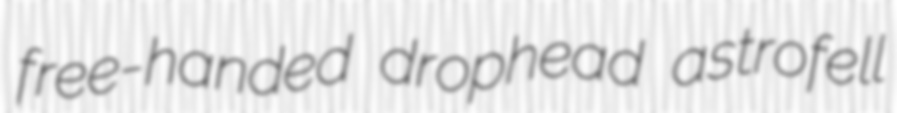
free-handed drophead astrofell